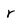
Character: r